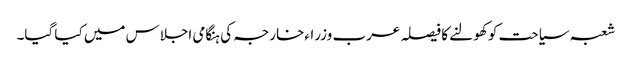
شعبہ سیاحت کو کھولنے کا فیصلہ عرب وزراءخارجہ کی ہنگامی اجلاس میں کیا گیا۔